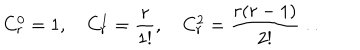
C _ { r } ^ { 0 } = 1 , \quad { } C _ { r } ^ { 1 } = \frac { r } { 1 ! } , \quad { } C _ { r } ^ { 2 } = \frac { r ( r - 1 ) } { 2 ! } \dots